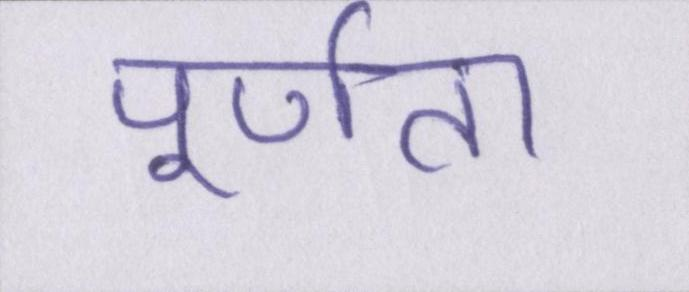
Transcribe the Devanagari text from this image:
पूर्णता